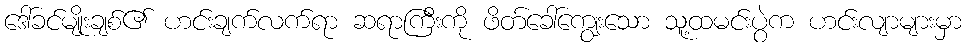
ဒေါ်ခင်မျိုးချစ်၏ ဟင်းချက်လက်ရာ ဆရာကြီးကို ဖိတ်ခေါ်ကျွေးသော သူ့ထမင်းပွဲက ဟင်းလျာများမှာ